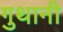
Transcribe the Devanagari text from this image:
गुथानी